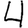
Digit: 4